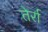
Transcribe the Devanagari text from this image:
तेर्रा